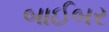
બાઈબર